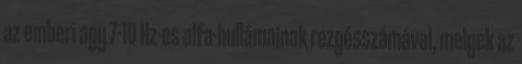
az emberi agy 7-10 Hz-es alfa-hullámainak rezgésszámával, melyek az